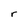
Character: r